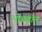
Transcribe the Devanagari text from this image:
भोवतीन